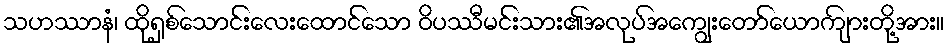
သဟဿာနံ၊ ထိုရှစ်သောင်းလေးထောင်သော ဝိပဿီမင်းသား၏အလုပ်အကျွေးတော်ယောကျ်ားတို့အား။